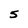
Character: 5